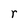
Character: r